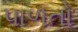
પાળતો